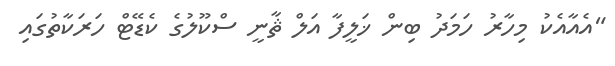
"އެއާއެކު މިހާރު ހަމަދު ބިން ޚަލީފާ އަލް ޘާނީ ސްކޫލުގެ ކެޑޭޓް ހަރަކާތުގައި